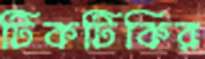
টিকটিকির